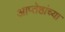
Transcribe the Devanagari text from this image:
आप्‍तेष्ठांच्या